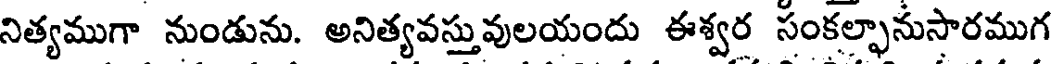
నిత్యముగా నుండును. అనిత్యవస్తువులయందు ఈశ్వర సంకల్ఫానుసారముగ